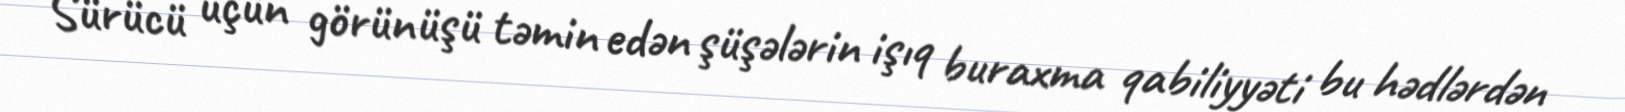
Sürücü üçün görünüşü təmin edən şüşələrin işıq buraxma qabiliyyəti bu hədlərdən